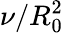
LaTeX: \nu/R_{0}^{2}